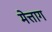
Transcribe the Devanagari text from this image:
मेत्ताग